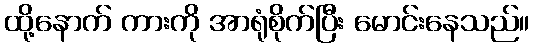
ထို့နောက် ကားကို အာရုံစိုက်ပြီး မောင်းနေသည်။